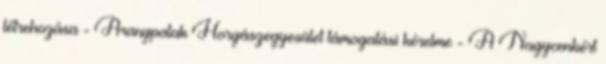
létrehozása - Aranypatak Horgászegyesület támogatási kérelme - A Nagycenkért